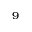
^ 9